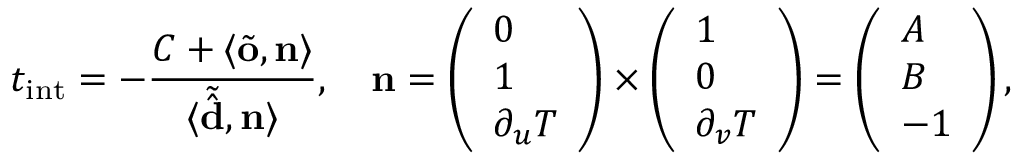
t _ { \mathrm { i n t } } = - \frac { C + \langle \tilde { \mathbf { o } } , \mathbf { n } \rangle } { \langle \tilde { \hat { \mathbf { d } } } , \mathbf { n } \rangle } , \quad \mathbf { n } = \left( \begin{array} { l } { 0 } \\ { 1 } \\ { \partial _ { u } T } \end{array} \right) \times \left( \begin{array} { l } { 1 } \\ { 0 } \\ { \partial _ { v } T } \end{array} \right) = \left( \begin{array} { l } { A } \\ { B } \\ { - 1 } \end{array} \right) ,